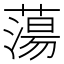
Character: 蕩